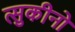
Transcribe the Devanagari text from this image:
त्सुकीनो